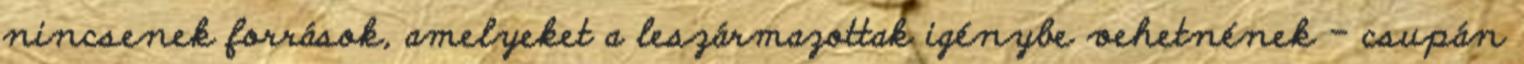
nincsenek források, amelyeket a leszármazottak igénybe vehetnének – csupán